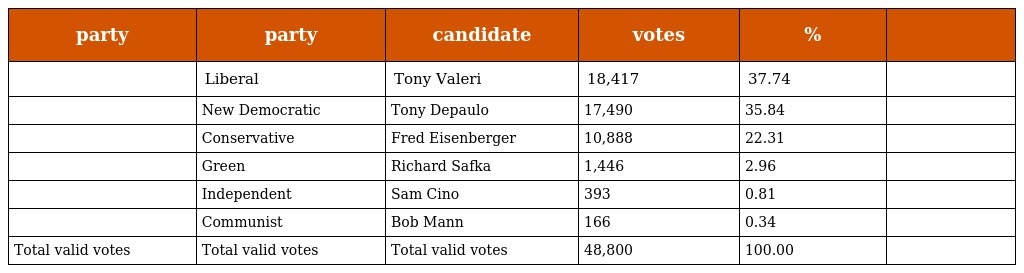
| party | party | candidate | votes | % |  |
 | --- | --- | --- | --- | --- | --- |
 |  | Liberal | Tony Valeri | 18,417 | 37.74 |  |
 |  | New Democratic | Tony Depaulo | 17,490 | 35.84 |  |
 |  | Conservative | Fred Eisenberger | 10,888 | 22.31 |  |
 |  | Green | Richard Safka | 1,446 | 2.96 |  |
 |  | Independent | Sam Cino | 393 | 0.81 |  |
 |  | Communist | Bob Mann | 166 | 0.34 |  |
 | Total valid votes | Total valid votes | Total valid votes | 48,800 | 100.00 |  |